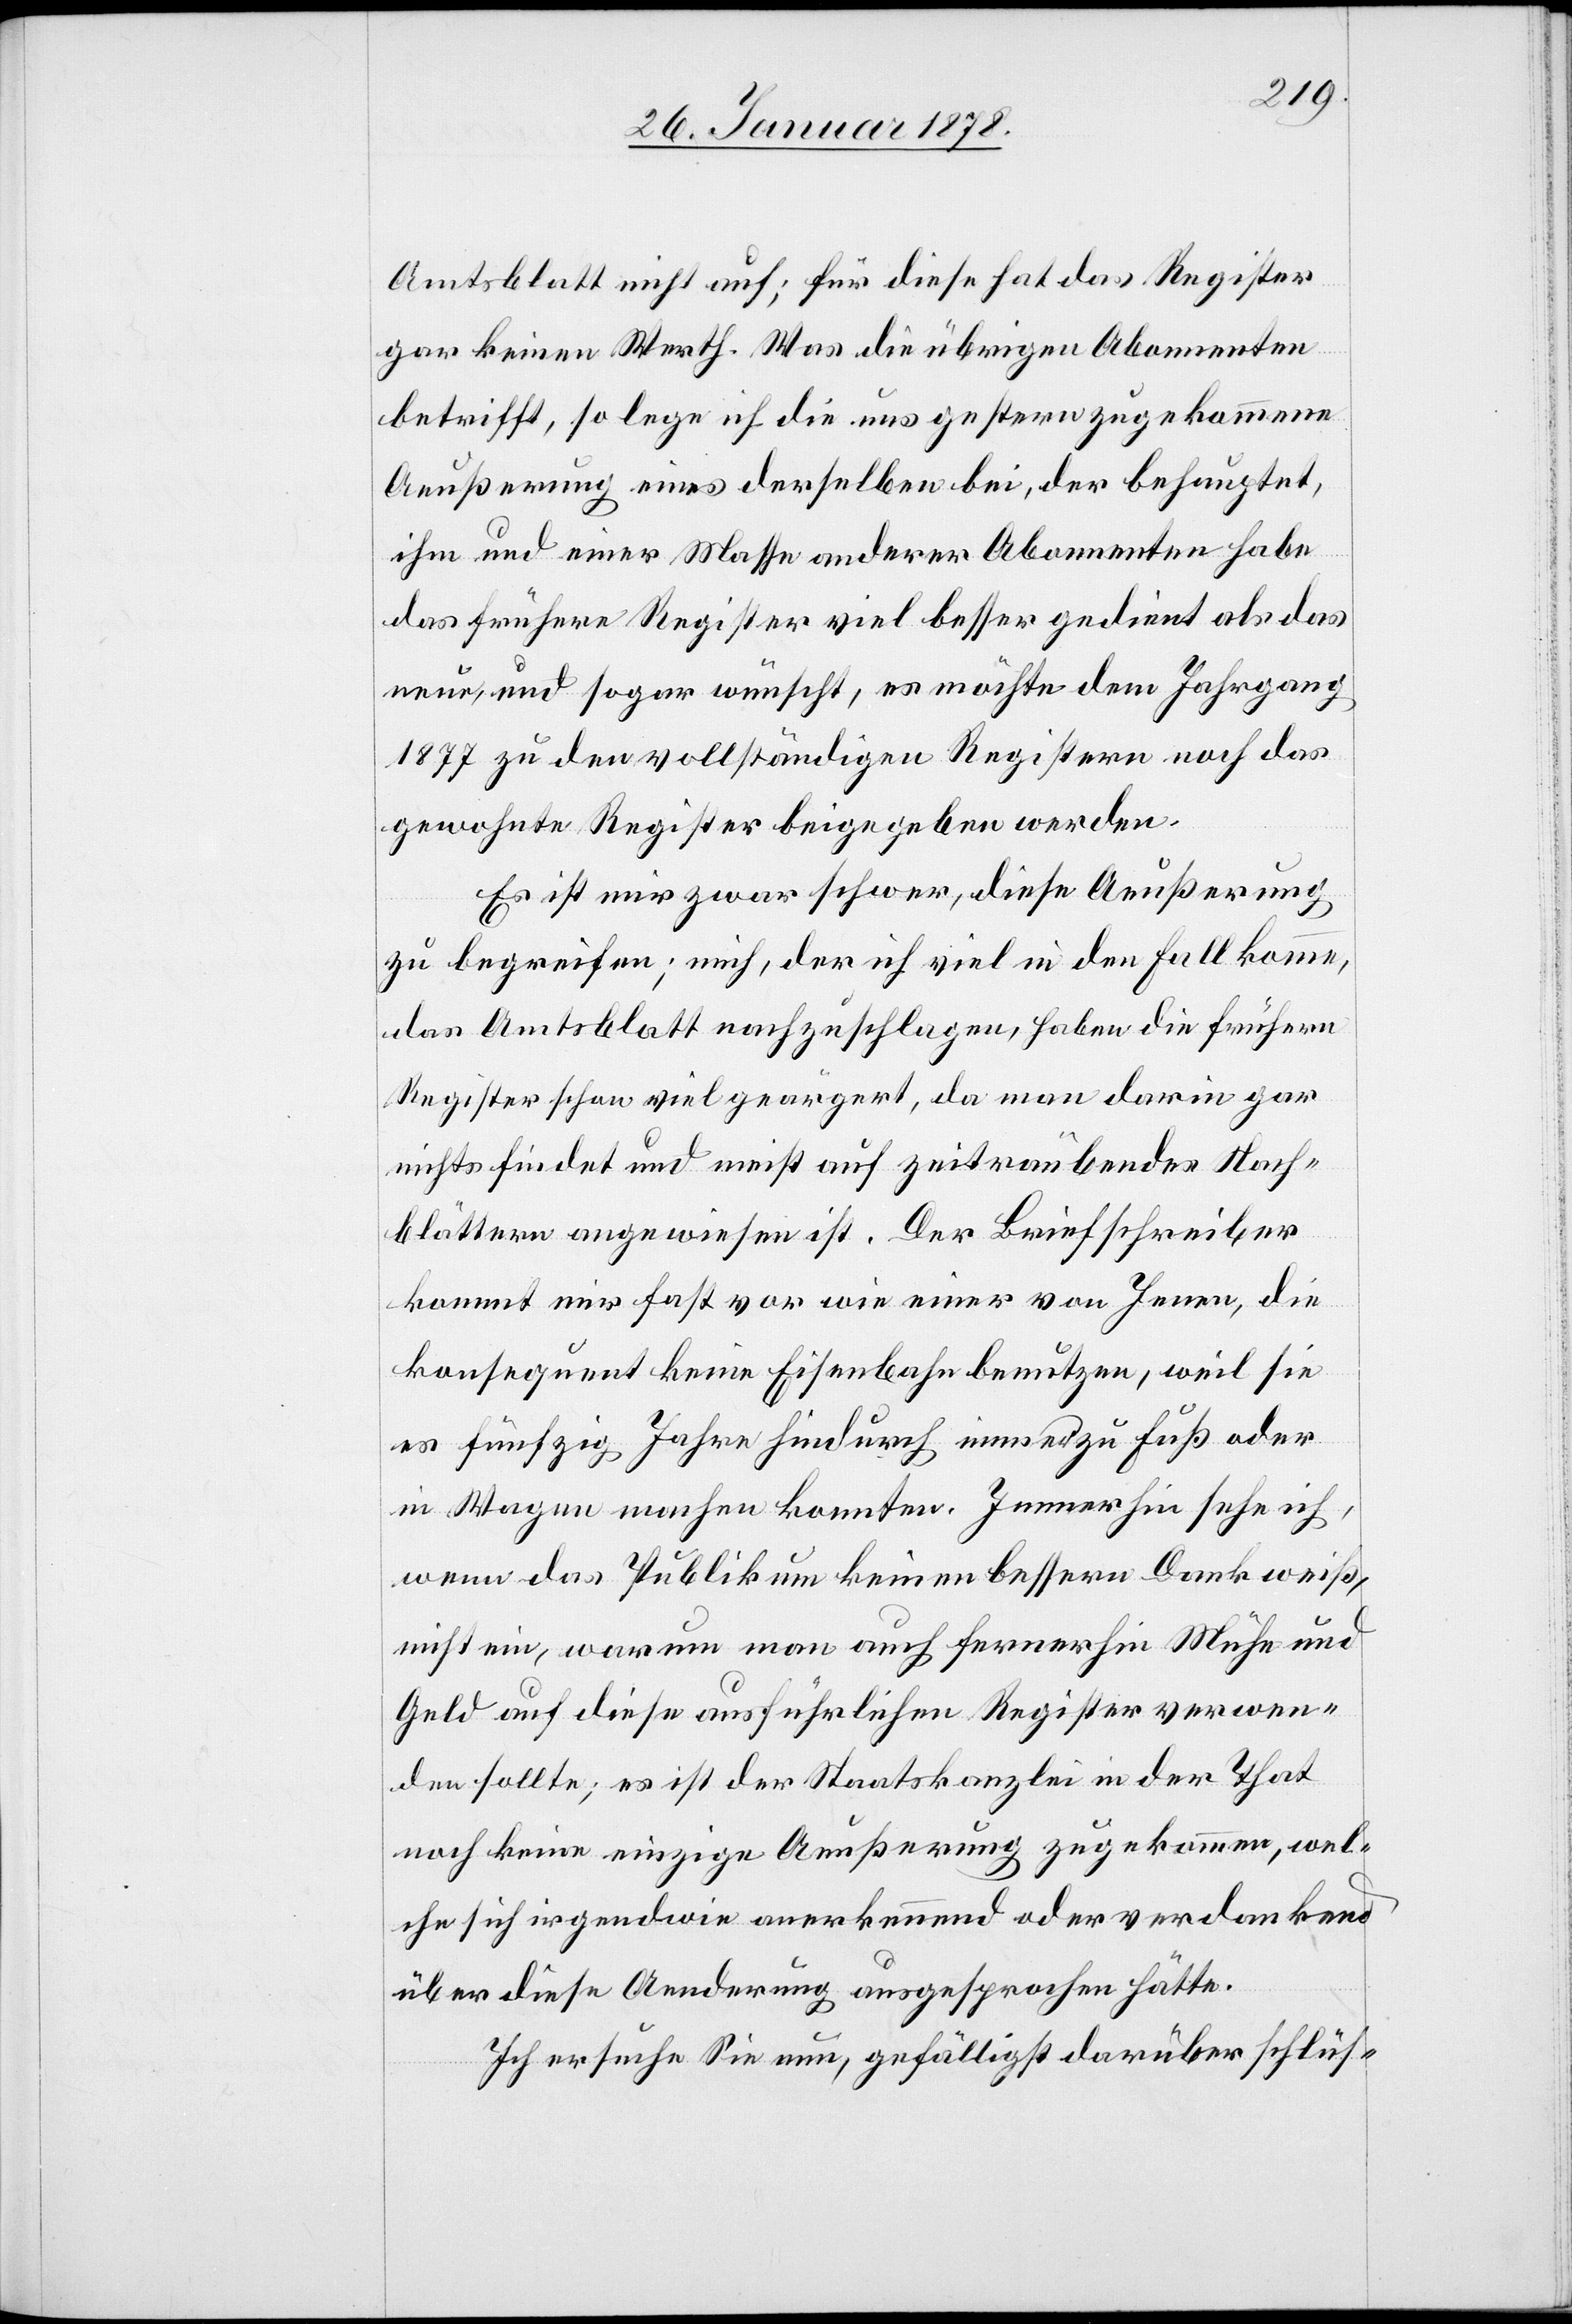
Amtsblatt nicht auf; für diese hat das Register
gar keinen Werth. Was die übrigen Abonnenten
betrifft, so lege ich die uns gestern zugekommene
Aeußerung eines derselben bei, der behauptet,
ihm und einer Masse anderer Abonnenten habe
das frühere Register viel besser gedient als das
neue, und sogar wünscht, es möchte dem Jahrgang
1877 zu den vollständigen Registern noch das
gewohnte Register beigegeben werden.
Es ist mir zwar schwer, diese Aeußerung
zu begreifen; mich, der ich viel in den Fall komme,
das Amtsblatt nachzuschlagen, haben die frühern
Register schon viel geärgert, da man darin gar
nichts findet und meist auf zeitraubendes Nach¬
blättern angewiesen ist. Der Briefschreiber
kommt mir fast vor wie einer von Jenen, die
konsequent keine Eisenbahn benutzen, weil sie
es fünfzig Jahre hindurch immer zu Fuß oder
im Wagen machen konnten. Immerhin sehe ich,
wenn das Publikum keinen bessern Dank weiß,
nicht ein, warum man auch fernerhin Mühe und
Geld auf diese ausführlichen Register verwen¬
den sollte; es ist der Staatskanzlei in der That
noch keine einzige Aeußerung zugekommen, wel¬
che sich irgendwie anerkennend oder verdankend
über diese Aenderung ausgesprochen hätte.
Ich ersuche Sie nun, gefälligst darüber schlüs-